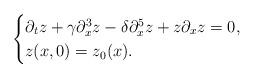
LaTeX: \begin{align*} \begin{cases}\partial_{t} z + \gamma \partial^{3}_{x}z-\delta \partial^{5}_{x}z +z\partial_{x}z= 0, \\z(x,0) = z_0(x).\end{cases}\end{align*}